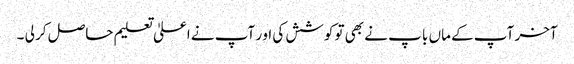
آخر آپ کے ماں با پ نے بھی تو کوشش کی او ر آپ نے اعلیٰ تعلیم حاصل کر لی ۔